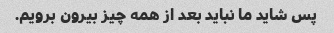
پس شاید ما نباید بعد از همه چیز بیرون برویم.